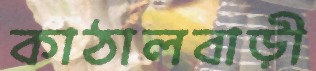
কাঠালবাড়ী